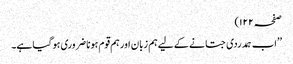
صفحہ ۱۲۲)
’’اب ہمدردی جتانے کے لیے ہم زبان اور ہم قوم ہونا ضروری ہو گیا ہے۔